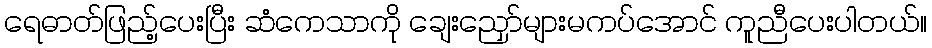
ရေဓာတ်ဖြည့်ပေးပြီး ဆံကေသာကို ချေးညှော်များမကပ်အောင် ကူညီပေးပါတယ်။